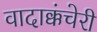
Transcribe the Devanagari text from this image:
वादाक्कंचेरी